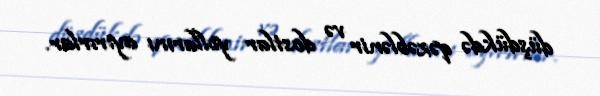
düşdükdə qəzəblənir və dostlar yollarını ayırırlar.